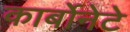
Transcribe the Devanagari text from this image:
कार्बोनेटे